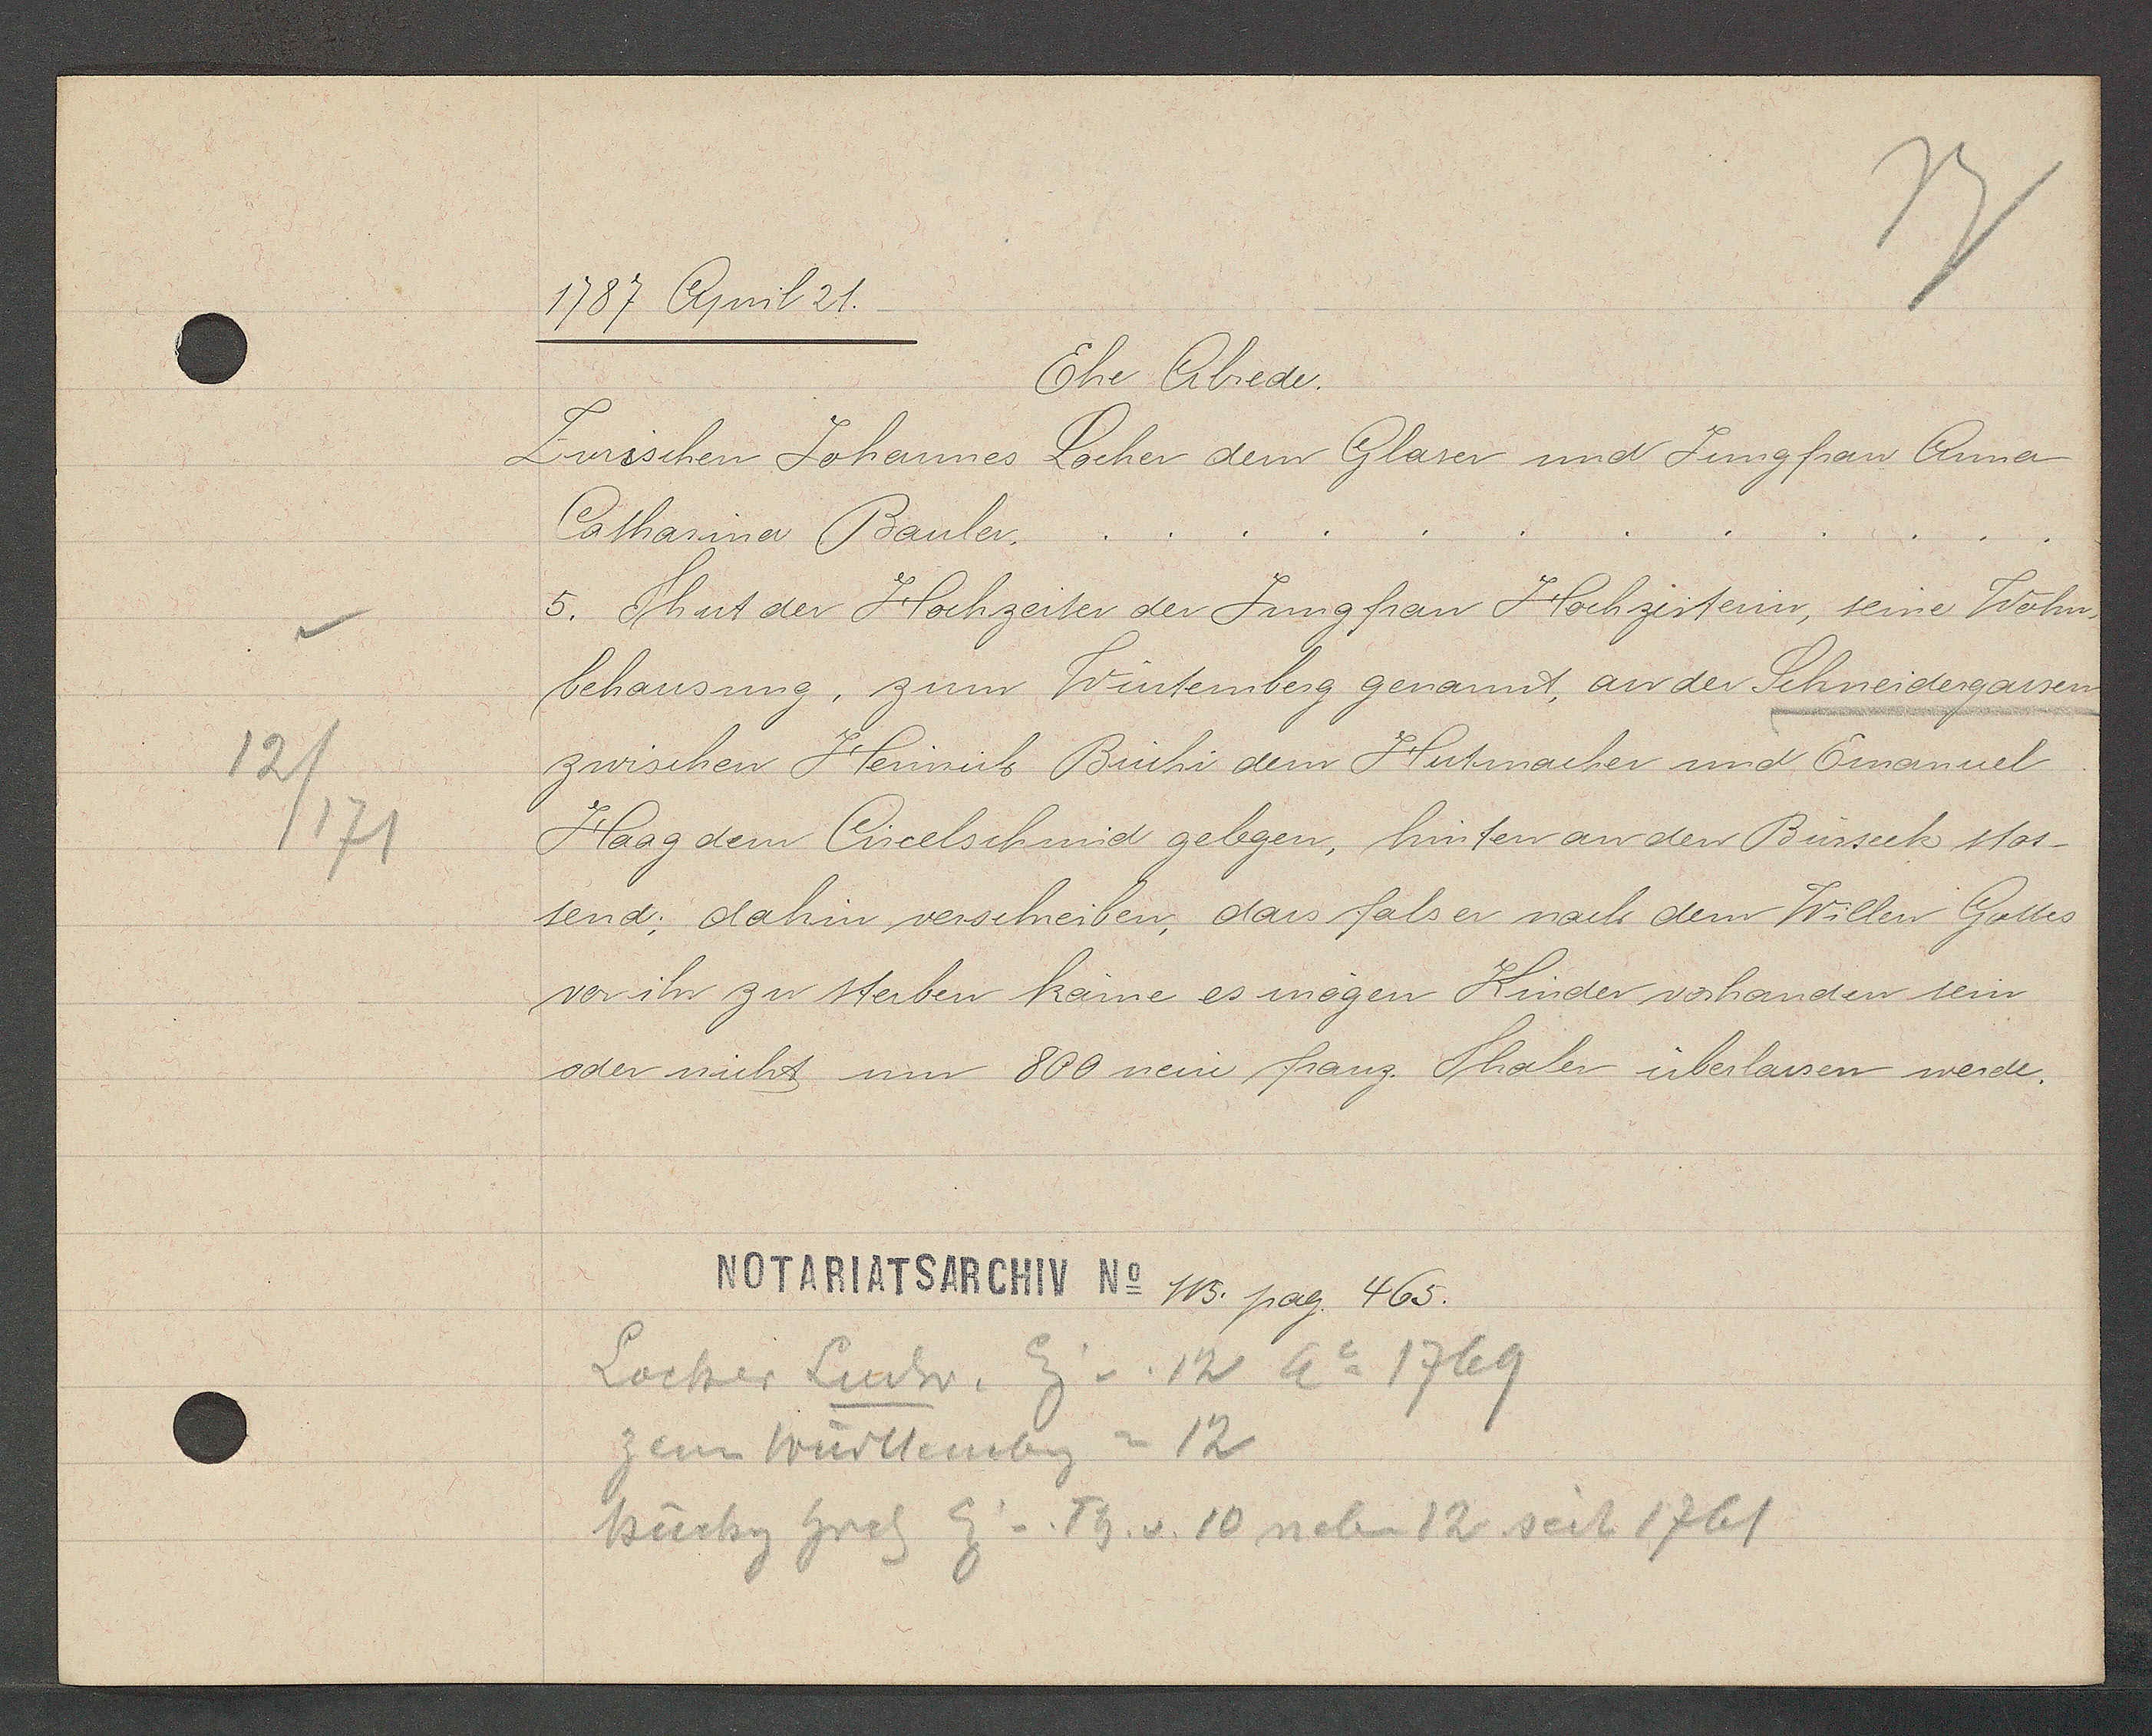
Transcript:
12/
/171

1787 April 21.

Ehe Abrede.
Zwischen Johannes Locher dem Glaser und Jungfrau Anna
Catharina Bauler.
5. Thut der Hochzeiter der Jungfrau Hochzeiterin, seine Wohn-
behausung, zum Wintemberg genannt, an der Schneidergassen
zwischen Heinrich Büchi dem Hutmacher und Emanuel
Haag dem Circelschmid gelegen, hinten an den Bürseck stos¬
send; dahin verschreiben, dass fals er nach dem Willen Gottes
vor ihr zu sterben käme es mögen Kinder vorhanden sein
oder nicht um 800 neue franz. Thaler überlassen werde.

Notariatsarchiv No 115. pag. 465.

Locher Ludw. Eig v. 12 Ao 1769
zem Württemberg = 12
Büchy hrch Eig v. Th. v. 10 neben 12 seit 1761